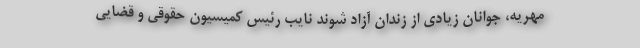
مهریه، جوانان زیادی از زندان آزاد شوند نایب رئیس کمیسیون حقوقی و قضایی